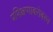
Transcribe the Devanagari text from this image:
प्रशिक्षणाबरोबरच